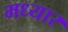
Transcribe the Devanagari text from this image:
मध्यार